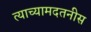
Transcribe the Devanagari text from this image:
त्याच्यामदतनीस